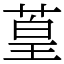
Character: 葟